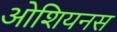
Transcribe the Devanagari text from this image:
ओशियनस